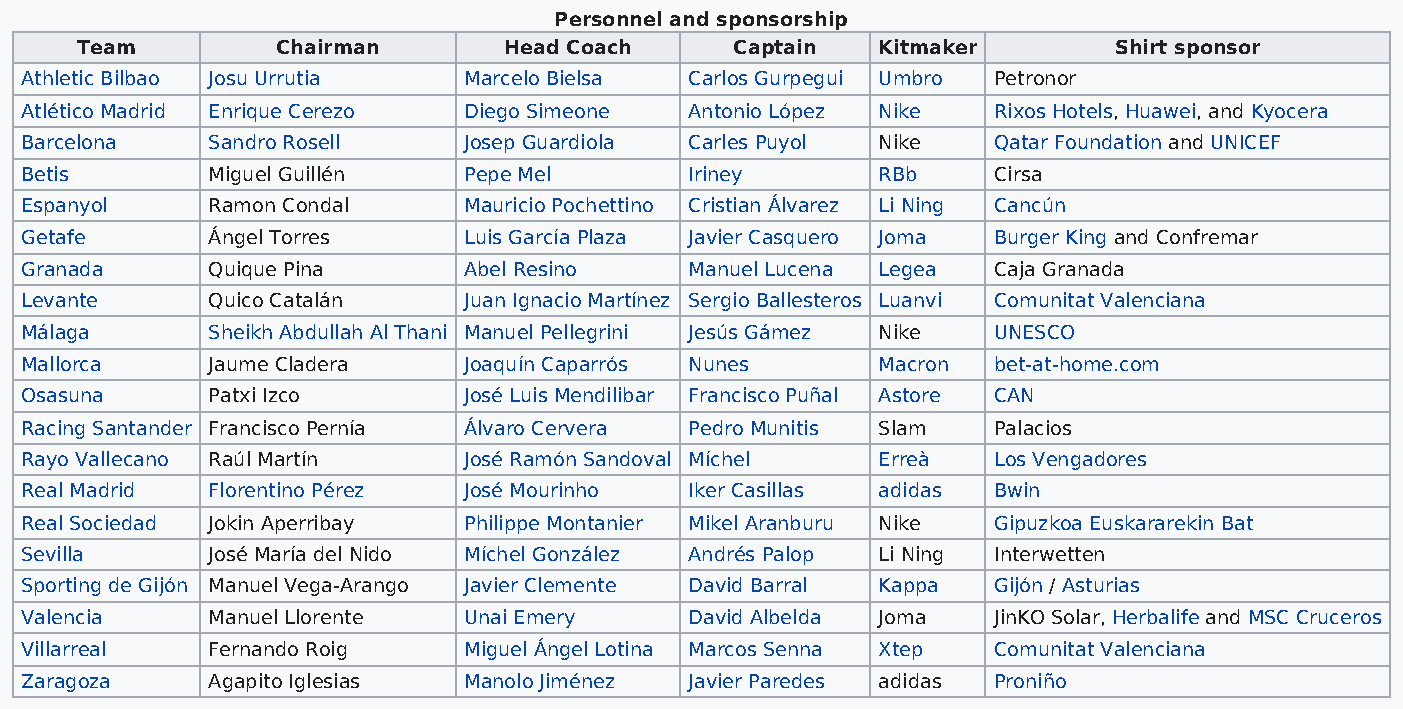
Personnel and sponsorship
 Team         Chairman       Head Coach      Captain  Kitmaker        Shirt sponsor
 Athletic Bilbao Josu Urrutia  Marcelo Bielsa Carlos Gurpegui Umbro Petronor
 Atlético Madrid Enrique Cerezo Diego Simeone Antonio López Nike  Rixos Hotels, Huawei, and Kyocera
 Barcelona    Sandro Rosell    Josep Guardiola Carles Puyol Nike  Qatar Foundation and UNICEF
 Betis        Miguel Guillén   Pepe Mel       Iriney      RBb     Cirsa
 Espanyol     Ramon Condal     Mauricio Pochettino Cristian Álvarez Li Ning Cancún
 Getafe       Ángel Torres     Luis García Plaza Javier Casquero Joma Burger King and Confremar
 Granada      Quique Pina      Abel Resino    Manuel Lucena Legea Caja Granada
 Levante      Quico Catalán    Juan Ignacio Martínez Sergio Ballesteros Luanvi Comunitat Valenciana
 Málaga       Sheikh Abdullah Al Thani Manuel Pellegrini Jesús Gámez Nike UNESCO
 Mallorca     Jaume Cladera    Joaquín Caparrós Nunes     Macron  bet-at-home.com
 Osasuna      Patxi Izco       José Luis Mendilibar Francisco Puñal Astore CAN
 Racing Santander Francisco Pernía Álvaro Cervera Pedro Munitis Slam Palacios
 Rayo Vallecano Raúl Martín    José Ramón Sandoval Míchel Erreà   Los Vengadores
 Real Madrid  Florentino Pérez José Mourinho  Iker Casillas adidas Bwin
 Real Sociedad Jokin Aperribay Philippe Montanier Mikel Aranburu Nike Gipuzkoa Euskararekin Bat
 Sevilla      José María del Nido Míchel González Andrés Palop Li Ning Interwetten
 Sporting de Gijón Manuel Vega-Arango Javier Clemente David Barral Kappa Gijón / Asturias
 Valencia     Manuel Llorente  Unai Emery     David Albelda Joma  JinKO Solar, Herbalife and MSC Cruceros
 Villarreal   Fernando Roig    Miguel Ángel Lotina Marcos Senna Xtep Comunitat Valenciana
 Zaragoza     Agapito Iglesias Manolo Jiménez Javier Paredes adidas Proniño